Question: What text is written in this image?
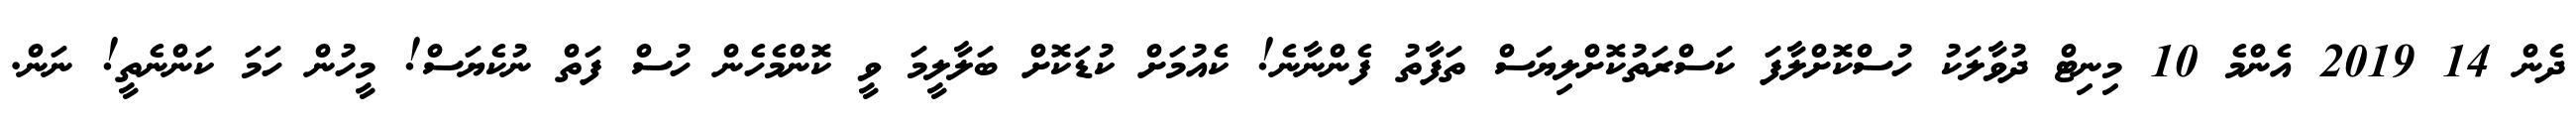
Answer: ދެން 14 2019 އެންމެ 10 މިނިޓް ދުވާލަކު ހުސްކޮށްލާފަ ކަސްރަތުކޮށްލިޔަސް ތަފާތު ފެންނާނެ! ކެއުމަށް ކުޑަކޮށް ބަލާލީމަ ވީ ކޮންމެހެން ހުސް ފަތް ނުކެޔަސް! މީހުން ހަމަ ކަންނެތީ! ނަން.